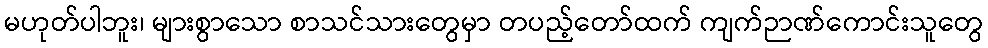
မဟုတ်ပါဘူး၊ များစွာသော စာသင်သားတွေမှာ တပည့်တော်ထက် ကျက်ဉာဏ်ကောင်းသူတွေ